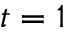
t = 1